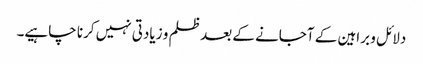
دلائل و براہین کے آجانے کے بعد ظلم و زیادتی نہیں کرنا چاہیے۔